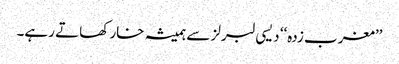
’’مغرب زدہ‘‘ دیسی لبرلز سے ہمیشہ خار کھاتے رہے۔